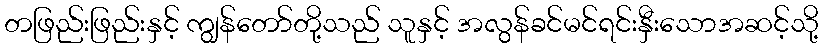
တဖြည်းဖြည်းနှင့် ကျွန်တော်တို့သည် သူနှင့် အလွန်ခင်မင်ရင်းနှီးသောအဆင့်သို့